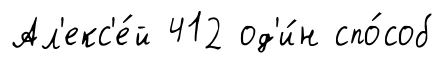
Ал'екс'е́й 412 од'и́н спо́соб